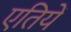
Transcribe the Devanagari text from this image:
एतियें